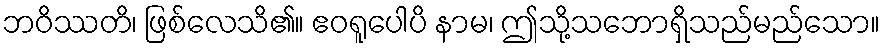
ဘဝိဿတိ၊ ဖြစ်လေသိ၏။ ဧဝရူပေါပိ နာမ၊ ဤသို့သဘောရှိသည်မည်သော။